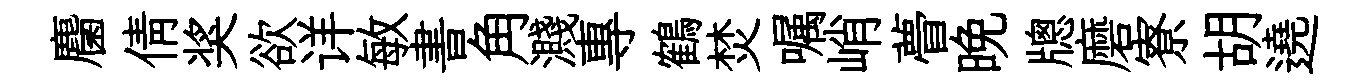
麕倩奖欲详敏書角濺專鶴焚嘱峭瞢晚牕磨寮胡遶